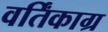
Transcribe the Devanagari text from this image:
वर्तिंकाग्र